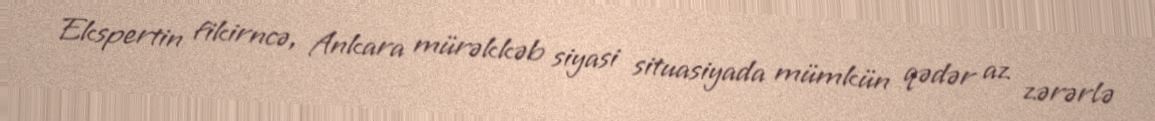
Ekspertin fikirncə, Ankara mürəkkəb siyasi situasiyada mümkün qədər az zərərlə